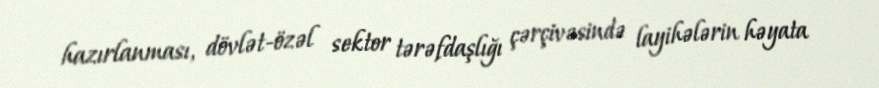
hazırlanması, dövlət-özəl sektor tərəfdaşlığı çərçivəsində layihələrin həyata